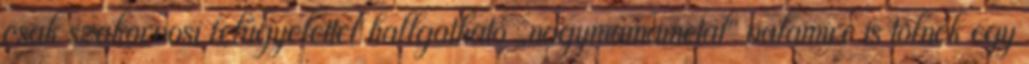
csak szakorvosi felügyelettel hallgatható „nagymamametal” valamire is tolnék egy